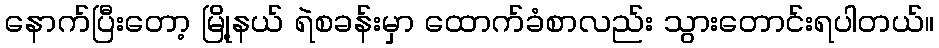
နောက်ပြီးတော့ မြို့နယ် ရဲစခန်းမှာ ထောက်ခံစာလည်း သွားတောင်းရပါတယ်။